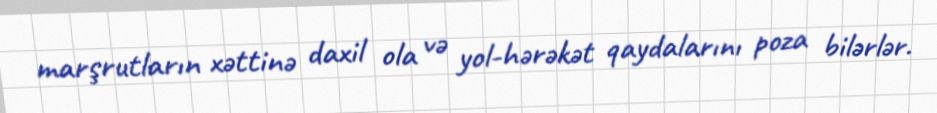
marşrutların xəttinə daxil ola və yol-hərəkət qaydalarını poza bilərlər.